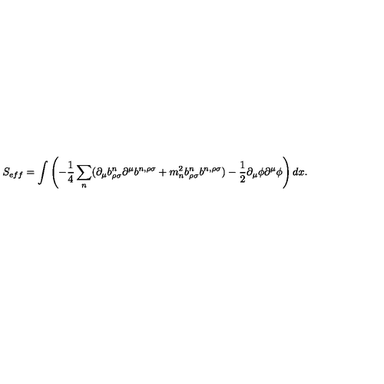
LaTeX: S _ { e f f } = \int \left( - \frac { 1 } { 4 } \sum _ { n } ( \partial _ { \mu } b _ { \rho \sigma } ^ { n } \partial ^ { \mu } b ^ { n , \rho \sigma } + { m _ { n } ^ { 2 } } b _ { \rho \sigma } ^ { n } b ^ { n , \rho \sigma } ) - \frac { 1 } { 2 } \partial _ { \mu } \phi \partial ^ { \mu } \phi \right) d x .